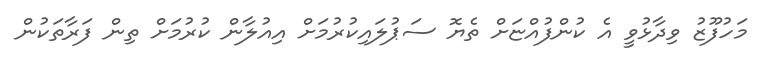
މަހުފޫޒު ވިދާޅުވީ އެ ކުންފުއްޏަށް ތެޔޮ ސަޕުލައިކުރުމަށް އިއުލާން ކުރުމަށް ތިން ފަރާތަކުން